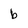
Character: b